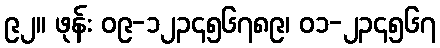
၉၂။ ဖုန်း ၀၉-၁၂၃၄၅၆၇၈၉၊ ၀၁-၂၃၄၅၆၇